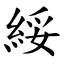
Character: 綏